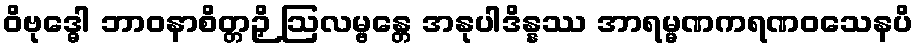
ဝိဗုဒ္ဓေါ ဘာဝနာစိတ္တဉှိ ဩလမ္ဗန္တေ အနုပါဒိန္နဿ အာရမ္မဏကရဏဝသေနပိ